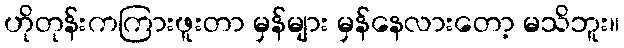
ဟိုတုန်းကကြားဖူးတာ မှန်များ မှန်နေလားတော့ မသိဘူး။